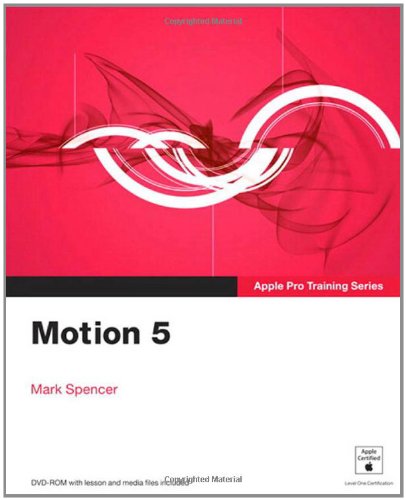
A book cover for Apple Pro Training Series: Motion 5; Mark Spencer; Computers & Technology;